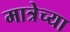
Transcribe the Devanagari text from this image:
मात्रेच्या